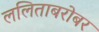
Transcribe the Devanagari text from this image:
ललिताबरोबर